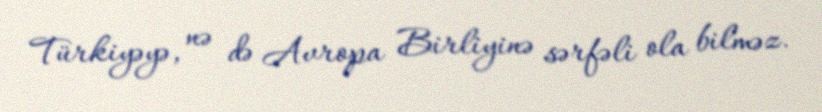
Türkiyəyə, nə də Avropa Birliyinə sərfəli ola bilməz.